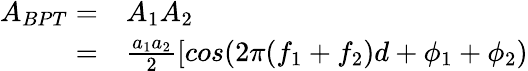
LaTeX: \begin{array}{rl}{A_{BPT}=}&{{}A_{1}A_{2}}\\ {=}&{{}\frac{a_{1}a_{2}}{2}\left[cos(2\pi(f_{1}+f_{2})d+\phi_{1}+\phi_{2})\right.}\end{array}